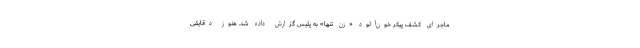
ماجرای کشف پیکر خون‌آلود «زن تنها» به پلیس گزارش داده شد. هنوز دقایقی